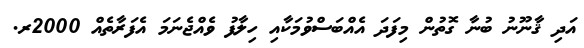
އަދި ޤާނޫނު ބުނާ ގޮތުން މިފަދަ އެއްބަސްވުމަކާއި ހިލާފު ވެއްޖެނަމަ އެފަރާތެއް 2000ރ.